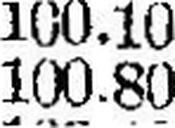
100.80